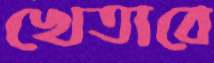
খেতাবে